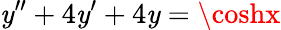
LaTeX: \mathit{y}^{\prime\prime}+4\mathit{y}^{\prime}+4\mathit{y}=\coshx